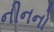
નીનનો